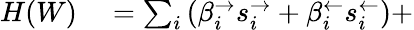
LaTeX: \begin{array}{rl}{H(W)}&{{}=\sum_{i}\left(\beta_{i}^{\rightarrow}s_{i}^{\rightarrow}+\beta_{i}^{\leftarrow}s_{i}^{\leftarrow}\right)+}\end{array}